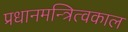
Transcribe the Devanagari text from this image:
प्रधानमन्त्रित्वकाल